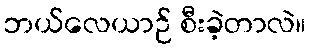
ဘယ်လေယာဉ် စီးခဲ့တာလဲ။